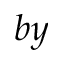
b y